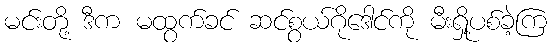
မင်းတို့ ဒီက မထွက်ခင် ဆင်စွယ်ဂိုဒေါင်ကို မီးရှို့ပစ်ခဲ့ကြ